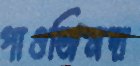
পাওজিনদা